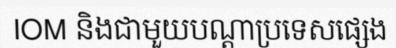
IOM និងជាមួយបណ្តាប្រទេសផ្សេង